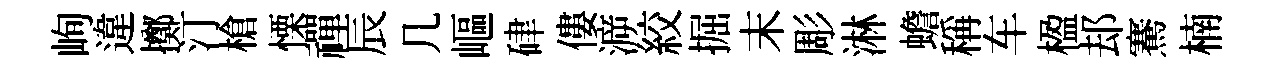
峋違擲汀槍慄禪辰几嶇硉僂㴑絞掘末彫淋蟾稱车楹𨚫騫楠